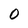
Character: 0